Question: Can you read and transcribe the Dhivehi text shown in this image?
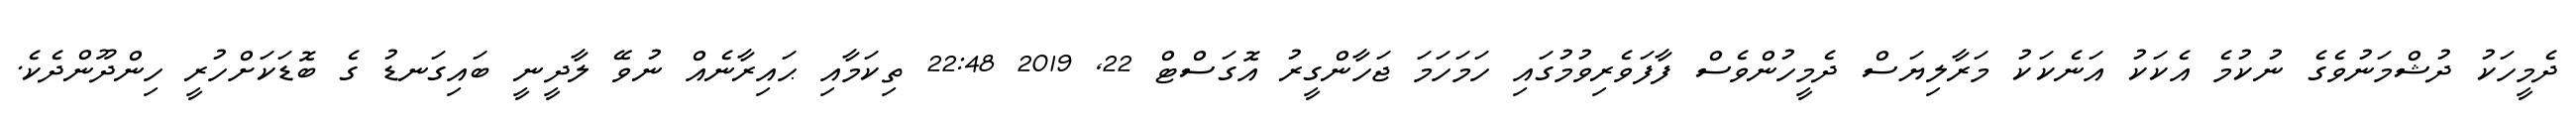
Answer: ދެމީހަކު ދުޝްމަނުވެގެ ނުކުމެ އެކަކު އަނެކަކު މަރާލިޔަސް ދެމީހުންވެސް ފާފަވެރިވުމުގައި ހަމަހަމަ ޖަހާންގީރު އޮގަސްޓް 22, 2019 22:48 ތިކަމާއި ޙައިރާނެއް ނުވޭ ލާދީނީ ބައިގަނޑު ގެ ބޮޑަކަށްހުރީ ހިންދޫންދެކެ.